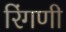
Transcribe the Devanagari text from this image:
रिंगणी